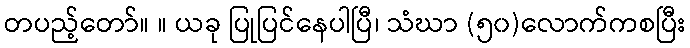
တပည့်တော်။ ။ ယခု ပြုပြင်နေပါပြီ၊ သံဃာ (၅၀)လောက်ကစပြီး